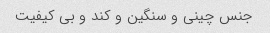
جنس چینی و سنگین و کند و بی کیفیت